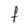
Character: f